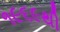
૧૯૬૯થી